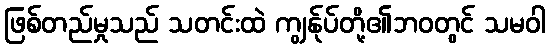
ဖြစ်တည်မှုသည် သတင်းထဲ ကျွန်ုပ်တို့၏ဘဝတွင် သမဝါ